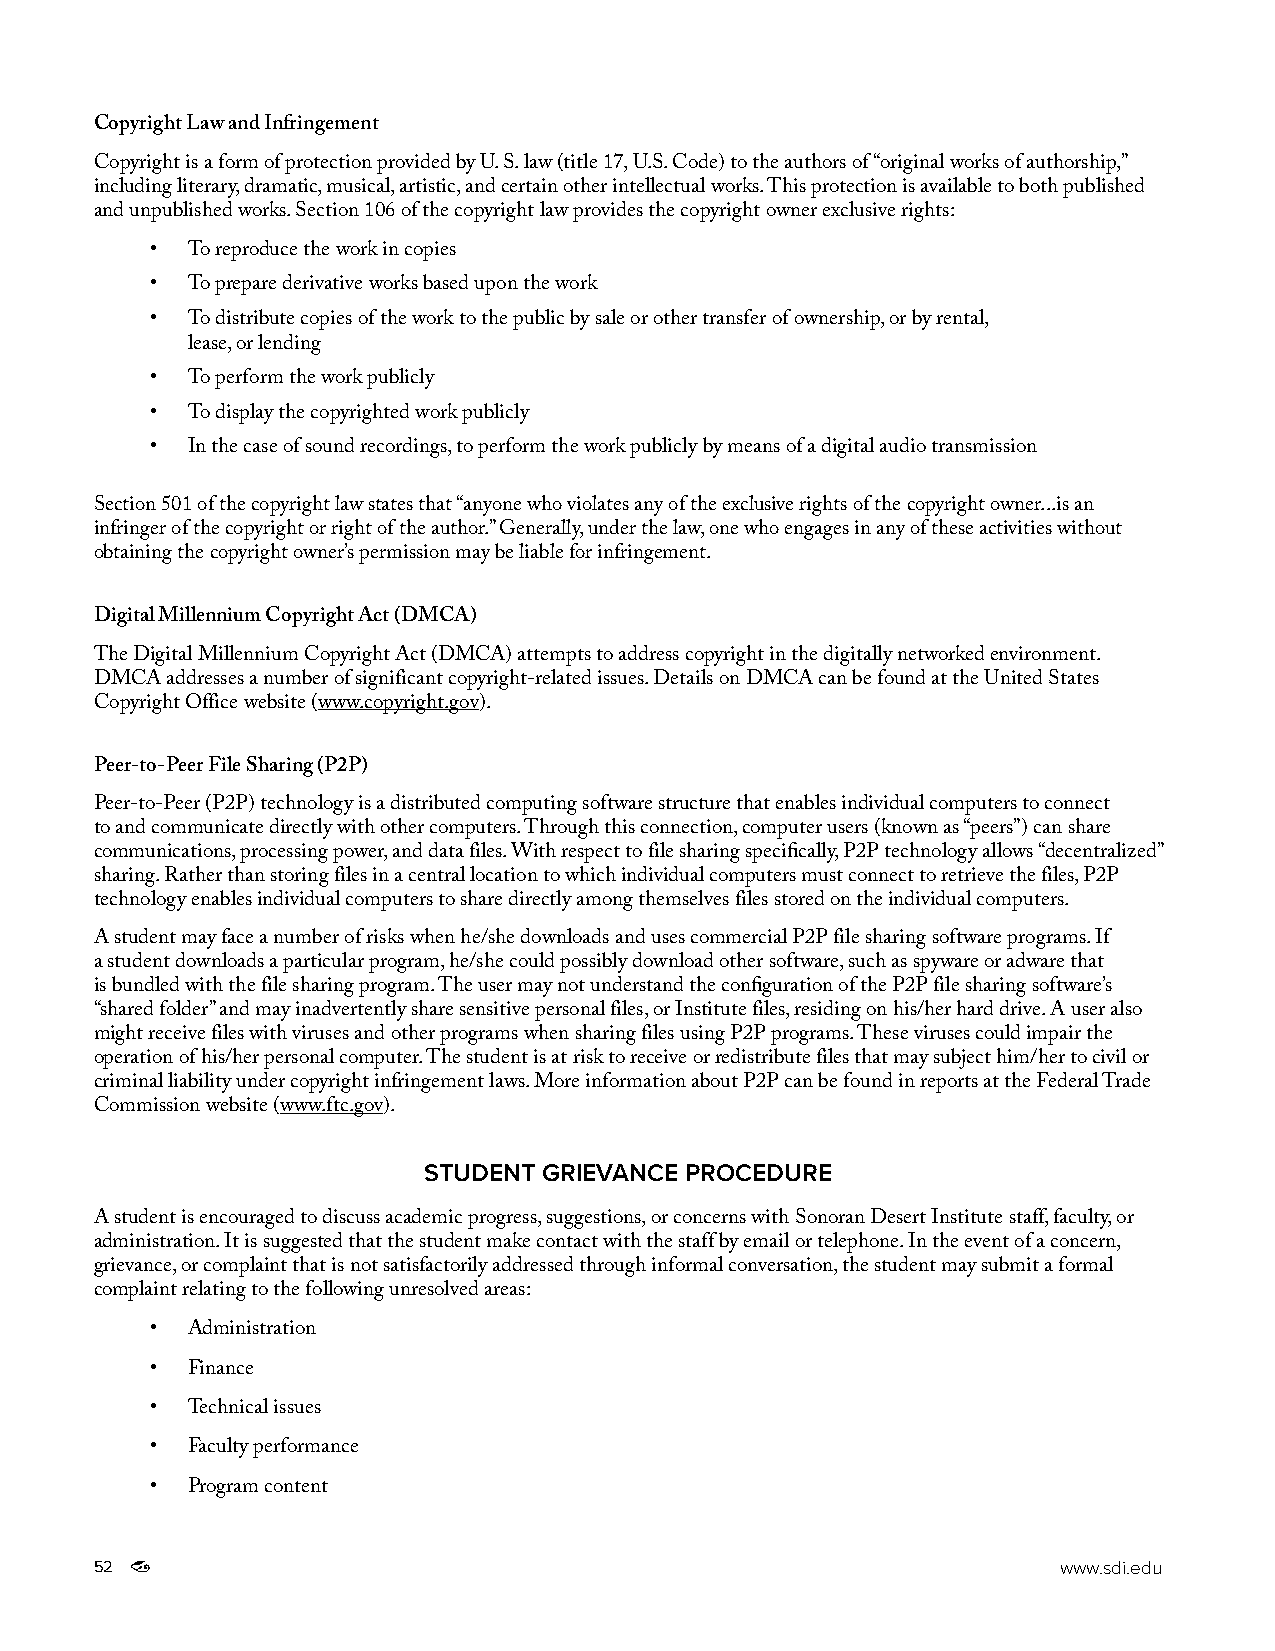
Copyright Law and Infringement
 Copyright is a form of protection provided by U. S. law (title 17, U.S. Code) to the authors of “original works of authorship,”
 including literary, dramatic, musical, artistic, and certain other intellectual works. This protection is available to both published
 and unpublished works. Section 106 of the copyright law provides the copyright owner exclusive rights:
 • To reproduce the work in copies
 • To prepare derivative works based upon the work
 • To distribute copies of the work to the public by sale or other transfer of ownership, or by rental,
 lease, or lending
 • To perform the work publicly
 • To display the copyrighted work publicly
 • In the case of sound recordings, to perform the work publicly by means of a digital audio transmission
 Section 501 of the copyright law states that “anyone who violates any of the exclusive rights of the copyright owner...is an
 infringer of the copyright or right of the author.” Generally, under the law, one who engages in any of these activities without
 obtaining the copyright owner’s permission may be liable for infringement.
 Digital Millennium Copyright Act (DMCA)
 The Digital Millennium Copyright Act (DMCA) attempts to address copyright in the digitally networked environment.
 DMCA addresses a number of significant copyright-related issues. Details on DMCA can be found at the United States
 Copyright Office website (www.copyright.gov).
 Peer-to-Peer File Sharing (P2P)
 Peer-to-Peer (P2P) technology is a distributed computing software structure that enables individual computers to connect
 to and communicate directly with other computers. Through this connection, computer users (known as “peers”) can share
 communications, processing power, and data files. With respect to file sharing specifically, P2P technology allows “decentralized”
 sharing. Rather than storing files in a central location to which individual computers must connect to retrieve the files, P2P
 technology enables individual computers to share directly among themselves files stored on the individual computers.
 A student may face a number of risks when he/she downloads and uses commercial P2P file sharing software programs. If
 a student downloads a particular program, he/she could possibly download other software, such as spyware or adware that
 is bundled with the file sharing program. The user may not understand the configuration of the P2P file sharing software’s
 “shared folder” and may inadvertently share sensitive personal files, or Institute files, residing on his/her hard drive. A user also
 might receive files with viruses and other programs when sharing files using P2P programs. These viruses could impair the
 operation of his/her personal computer. The student is at risk to receive or redistribute files that may subject him/her to civil or
 criminal liability under copyright infringement laws. More information about P2P can be found in reports at the Federal Trade
 Commission website (www.ftc.gov).
 STUDENT GRIEVANCE PROCEDURE
 A student is encouraged to discuss academic progress, suggestions, or concerns with Sonoran Desert Institute staff, faculty, or
 administration. It is suggested that the student make contact with the staff by email or telephone. In the event of a concern,
 grievance, or complaint that is not satisfactorily addressed through informal conversation, the student may submit a formal
 complaint relating to the following unresolved areas:
 • Administration
 • Finance
 • Technical issues
 • Faculty performance
 • Program content
 52                                                              www.sdi.edu